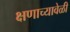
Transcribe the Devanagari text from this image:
क्षणाच्यावेळी